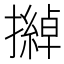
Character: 𱡂